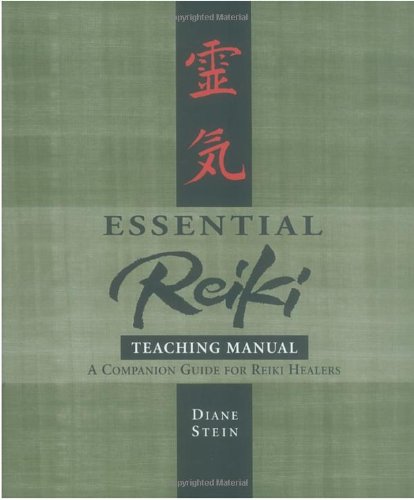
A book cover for Essential Reiki Teaching Manual: A Companion Guide for Reiki Healers; Diane Stein; Health, Fitness & Dieting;